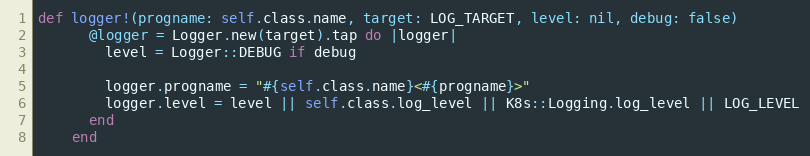
Language: Ruby
def logger!(progname: self.class.name, target: LOG_TARGET, level: nil, debug: false)
      @logger = Logger.new(target).tap do |logger|
        level = Logger::DEBUG if debug

        logger.progname = "#{self.class.name}<#{progname}>"
        logger.level = level || self.class.log_level || K8s::Logging.log_level || LOG_LEVEL
      end
    end